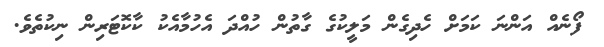
ފޯނެއް އަންނަ ކަމަށް ހެދިގެން މަލީކުގެ ގާތުން ހުއްދަ އެހުމާއެކު ކާކޮޓަރިން ނިކުތެވެ.